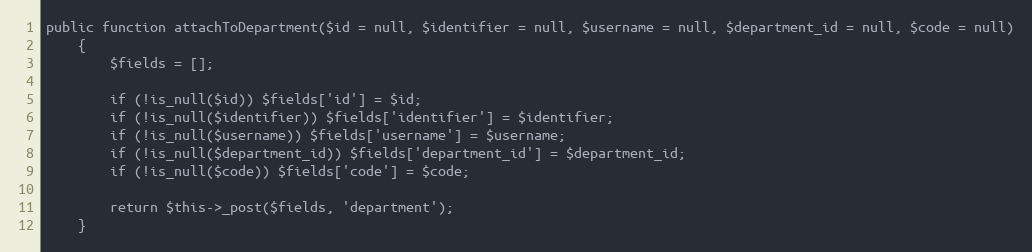
Language: PHP
public function attachToDepartment($id = null, $identifier = null, $username = null, $department_id = null, $code = null)
    {
        $fields = [];

        if (!is_null($id)) $fields['id'] = $id;
        if (!is_null($identifier)) $fields['identifier'] = $identifier;
        if (!is_null($username)) $fields['username'] = $username;
        if (!is_null($department_id)) $fields['department_id'] = $department_id;
        if (!is_null($code)) $fields['code'] = $code;

        return $this->_post($fields, 'department');
    }